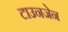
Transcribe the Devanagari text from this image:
टाउनजेन